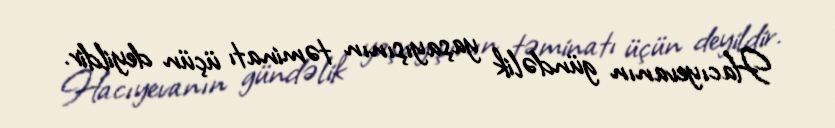
Hacıyevanın gündəlik yaşayışının təminatı üçün deyildir.